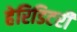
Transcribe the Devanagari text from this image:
हेरिडिटरी